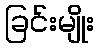
ခြင်းမျိုး